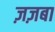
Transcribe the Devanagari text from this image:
ज़ज़बा